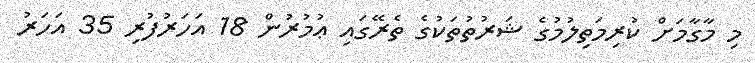
މި މާގާމަށް ކުރިމަތިލުމުގެ ޝަރުތުތަކުގެ ތެރޭގައި ޢުމުރުން 18 އަހަރުފުރި 35 އަހަރު